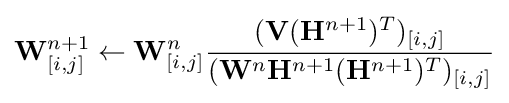
\mathbf {W} _{[i,j]}^{n+1}\leftarrow \mathbf {W} _{[i,j]}^{n}{\frac {(\mathbf {V} (\mathbf {H} ^{n+1})^{T})_{[i,j]}}{(\mathbf {W} ^{n}\mathbf {H} ^{n+1}(\mathbf {H} ^{n+1})^{T})_{[i,j]}}}